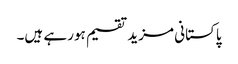
پاکستانی مزید تقسیم ہورہے ہیں۔